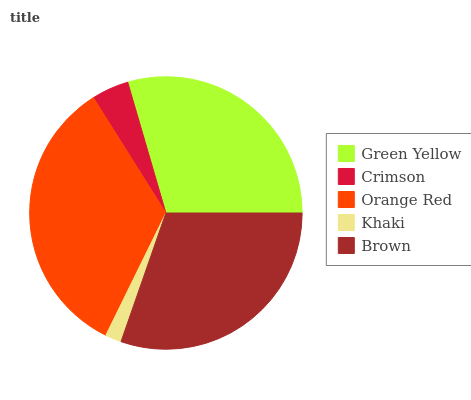
| Green Yellow | Crimson | Orange Red | Khaki | Brown |
 | --- | --- | --- | --- | --- |
 | 29.5% | 4.43% | 33.8% | 1.93% | 30.4% |